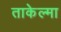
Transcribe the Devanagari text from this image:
ताकेल्मा